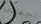
حفلتي